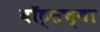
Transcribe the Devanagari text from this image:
वॉट्सच्या